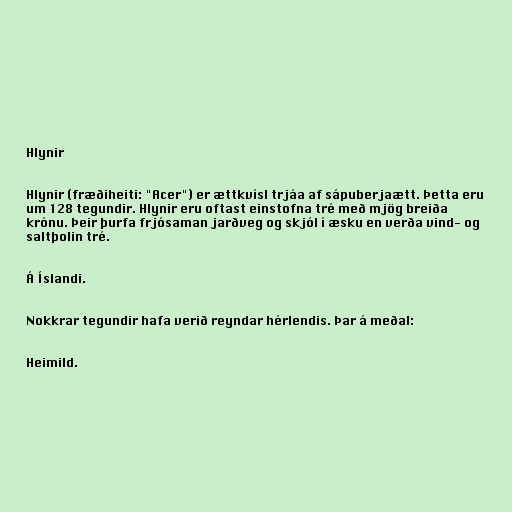
Hlynir

Hlynir (fræðiheiti: "Acer") er ættkvísl trjáa af sápuberjaætt. Þetta eru
um 128 tegundir. Hlynir eru oftast einstofna tré með mjög breiða
krónu. Þeir þurfa frjósaman jarðveg og skjól í æsku en verða vind- og
saltþolin tré.

Á Íslandi.

Nokkrar tegundir hafa verið reyndar hérlendis. Þar á meðal:

Heimild.